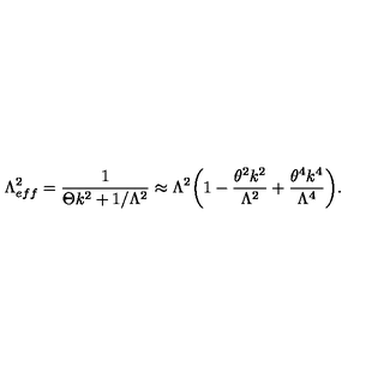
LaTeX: \Lambda _ { e f f } ^ { 2 } = \frac { 1 } { \Theta k ^ { 2 } + 1 / \Lambda ^ { 2 } } \approx \Lambda ^ { 2 } \biggl ( 1 - \frac { \theta ^ { 2 } k ^ { 2 } } { \Lambda ^ { 2 } } + \frac { \theta ^ { 4 } k ^ { 4 } } { \Lambda ^ { 4 } } \biggr ) .